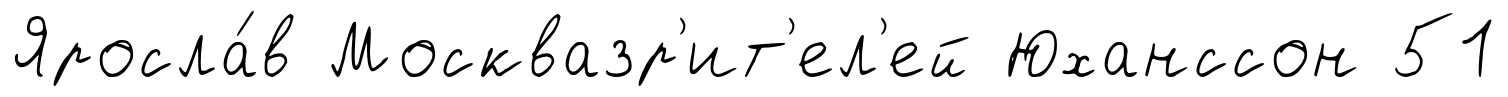
Яросла́в Москвазр'ит'ел'ей Юханссон 51